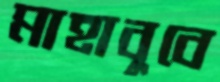
মাহাবুবে